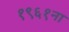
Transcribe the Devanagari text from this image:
१९६१ना